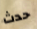
حدث